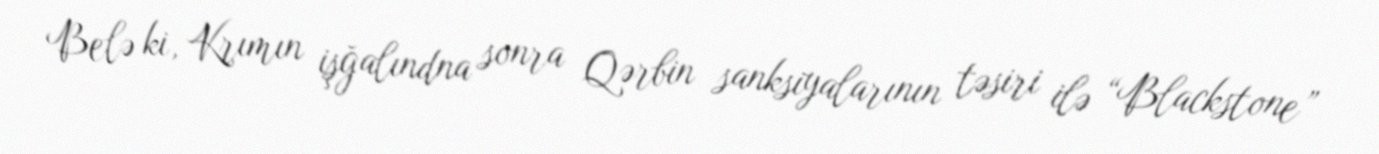
Belə ki, Krımın işğalındna sonra Qərbin sanksiyalarının təsiri ilə “Blackstone”